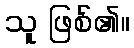
သူ ဖြစ်၏။